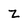
Character: z